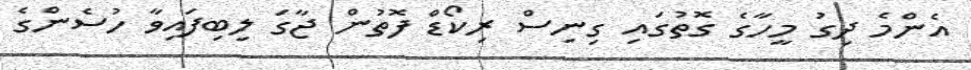
އެންމެ ދިގު މީހާގެ ގޮތުގައި ގިނިސް ރިކޯޑް ފޮތުން ޖާގަ ލިބިފައިވާ ހުސެންގެ